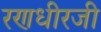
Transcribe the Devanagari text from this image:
रणधीरजी